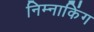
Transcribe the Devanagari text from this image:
निम्नाकिंग